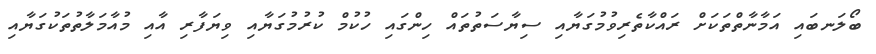
ބޯލަނބައި އަމާނާތްތަކަށް ރައްކާތެރިވުމުގަޔާއި ސިޔާސަތުތައް ހިންގައި ހުކުމް ކުރުމުގަޔާއި ވިޔަފާރި އާއި މުއާމަލާތުތަކުގަޔާއި